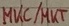
Text: MKC/MKT